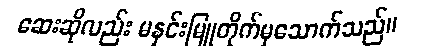
ဆေးဆိုလည်း မနှင်းမြူတိုက်မှသောက်သည်။